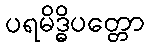
ပရမိဒ္ဓိပတ္တော